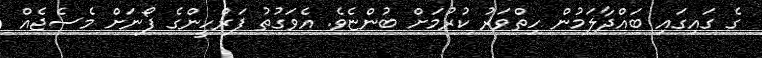
ގެ ގައިގައި ބައްދާލަމުން ހިތްވަރު ކުރުމަށް ބުންޏެވެ. އެވަގުތު ފަރްހީންގެ ފޯނަށް މެސެޖެއް